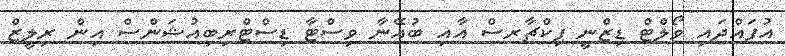
އުފައްދައި ވޯލްޓް ޑިޒްނީ ޕިކްޗާރސް އާއި ބުއޭނާ ވިސްޓާ ޑިސްޓްރިބިއުޝަންސް އިން ރިލީޒް